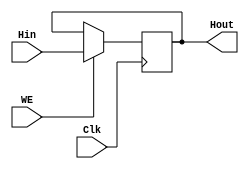
//Hi
module HiReg(Clk,WE,Hin,Hout);

input Clk;
input WE;
input [31:0] Hin;
output [31:0] Hout;

reg [31:0] Hi;

//
initial begin
	Hi<=32'd0;
end

//
assign Hout=Hi;

//
always@(posedge Clk) begin
	if(WE) begin
		Hi<=Hin;
	end
end

endmodule